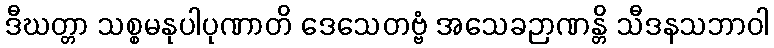
ဒီဃတ္တာ သစ္စမနုပါပုဏာတိ ဒေသေတဗ္ဗံ အသေခဉာဏန္တိ သီဒနသဘာဝါ